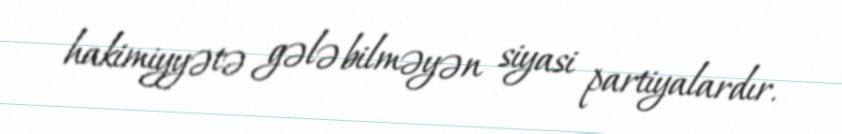
hakimiyyətə gələ bilməyən siyasi partiyalardır.